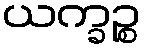
ယက္ခဉ္စ